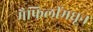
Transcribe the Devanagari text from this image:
मैफिलींमधून